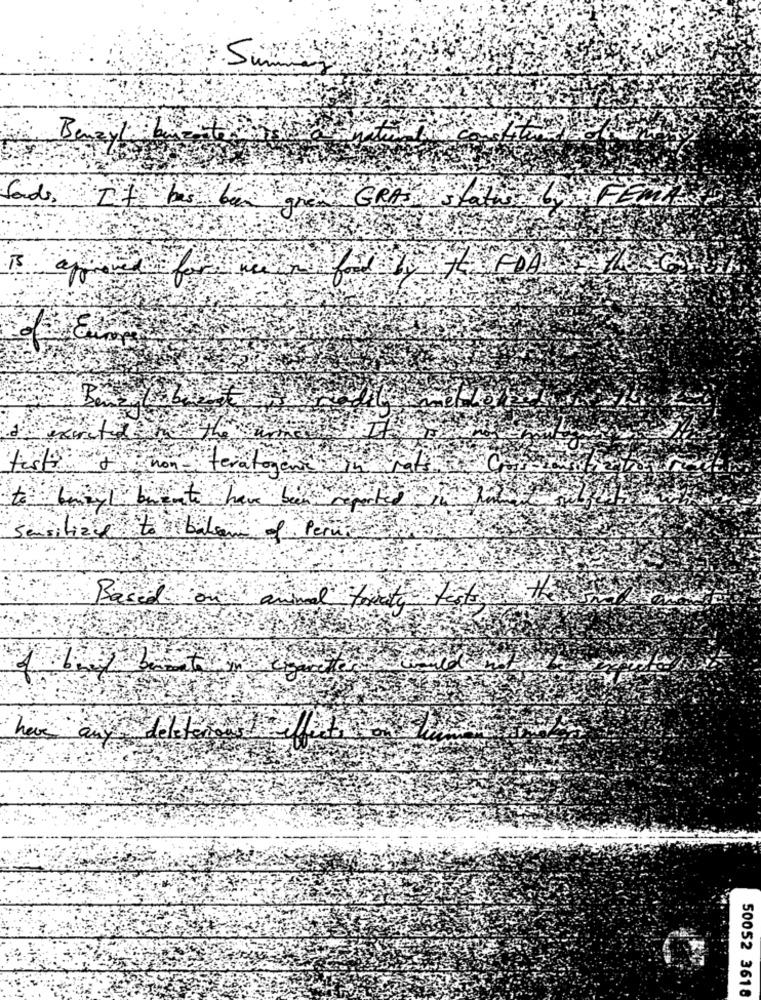
Sordo,
It has bu you GRA slathe
test a non- teratogene in rat
benzyl brente have been reported
milizie to bakom of Peru
Based on animal treaty to
50052 3618